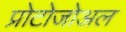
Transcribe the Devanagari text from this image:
प्रोटोजोअल